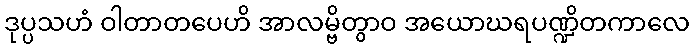
ဒုပ္ပသဟံ ဝါတာတပေဟိ အာလမ္ဗိတွာဝ အယောဃရပဏ္ဍိတကာလေ